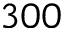
3 0 0